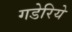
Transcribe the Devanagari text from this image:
गडेरिये